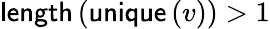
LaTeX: \textsf{length}\left(\textsf{unique}\left(v\right)\right)>1